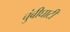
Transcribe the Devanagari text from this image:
चुंबीघाटी